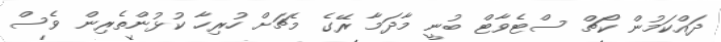
ދައްކަމުން ކޯޗް ސްޓެވާޓް ބުނީ މާދަމާ ރޭގެ މެޗަށް ހުރިހާ ކުޅުންތެރިން ވެސް